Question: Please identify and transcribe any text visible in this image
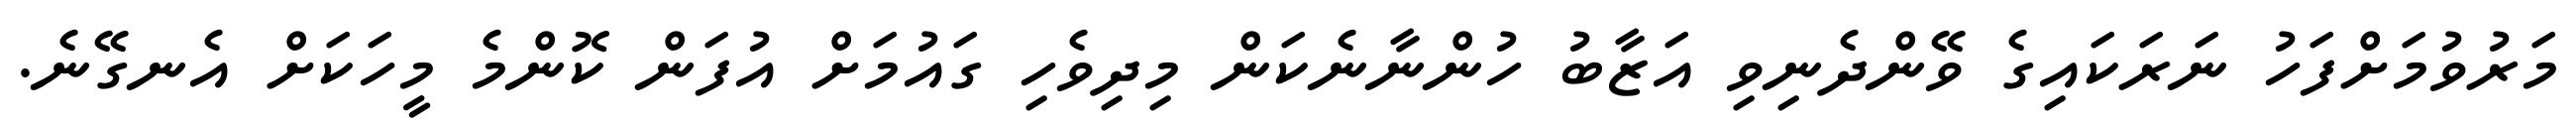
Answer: މަރުވުމަށްފަހު ނަރަކައިގެ ވޭންދެނިވި އަޒާބު ހުންނާނެކަން މިދިވެހި ގައުމަށް އުފަން ކޮންމެ މީހަކަށް އެނގޭނެ.